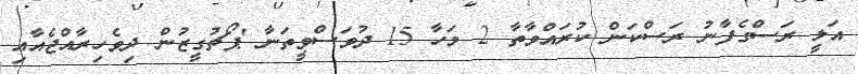
އަލީ ރަސްގެފާނު ރަސްކަން ކުރައްވާތާ 2 މަހާ 15 ދުވަސްވީތަނާ 'ޕޯޗުގީޒުން ދިވެހިރާއްޖެއާއި